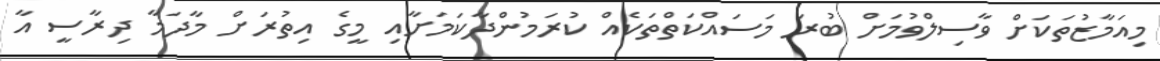
މިއަމާޒުތަކަށް ވާސިލްވުމަށް ބުރަ މަސައްކަތްތަކެއް ކުރަމުންދާކަމަށާއި މީގެ އިތުރަށް މާދަމާ ދިރާސީ އާ